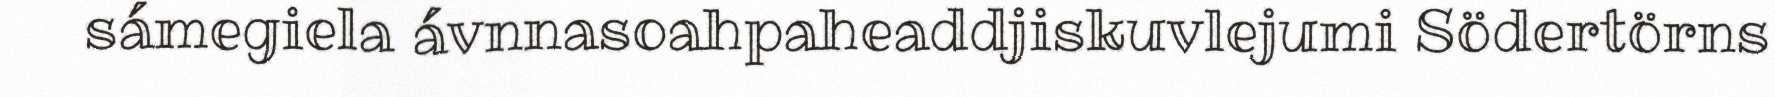
sámegiela ávnnasoahpaheaddjiskuvlejumi Södertörns